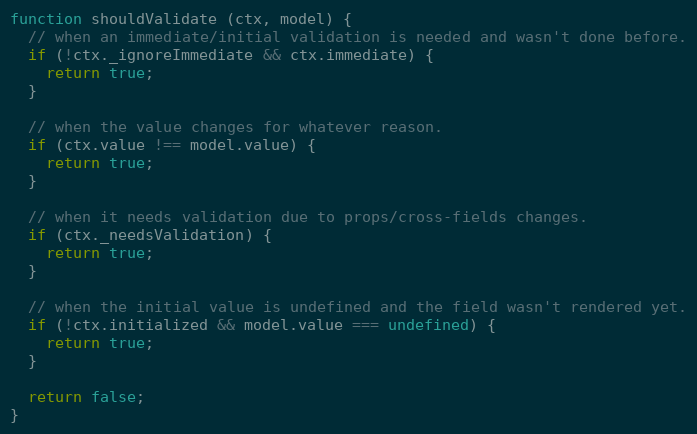
Language: JavaScript
function shouldValidate (ctx, model) {
  // when an immediate/initial validation is needed and wasn't done before.
  if (!ctx._ignoreImmediate && ctx.immediate) {
    return true;
  }

  // when the value changes for whatever reason.
  if (ctx.value !== model.value) {
    return true;
  }

  // when it needs validation due to props/cross-fields changes.
  if (ctx._needsValidation) {
    return true;
  }

  // when the initial value is undefined and the field wasn't rendered yet.
  if (!ctx.initialized && model.value === undefined) {
    return true;
  }

  return false;
}